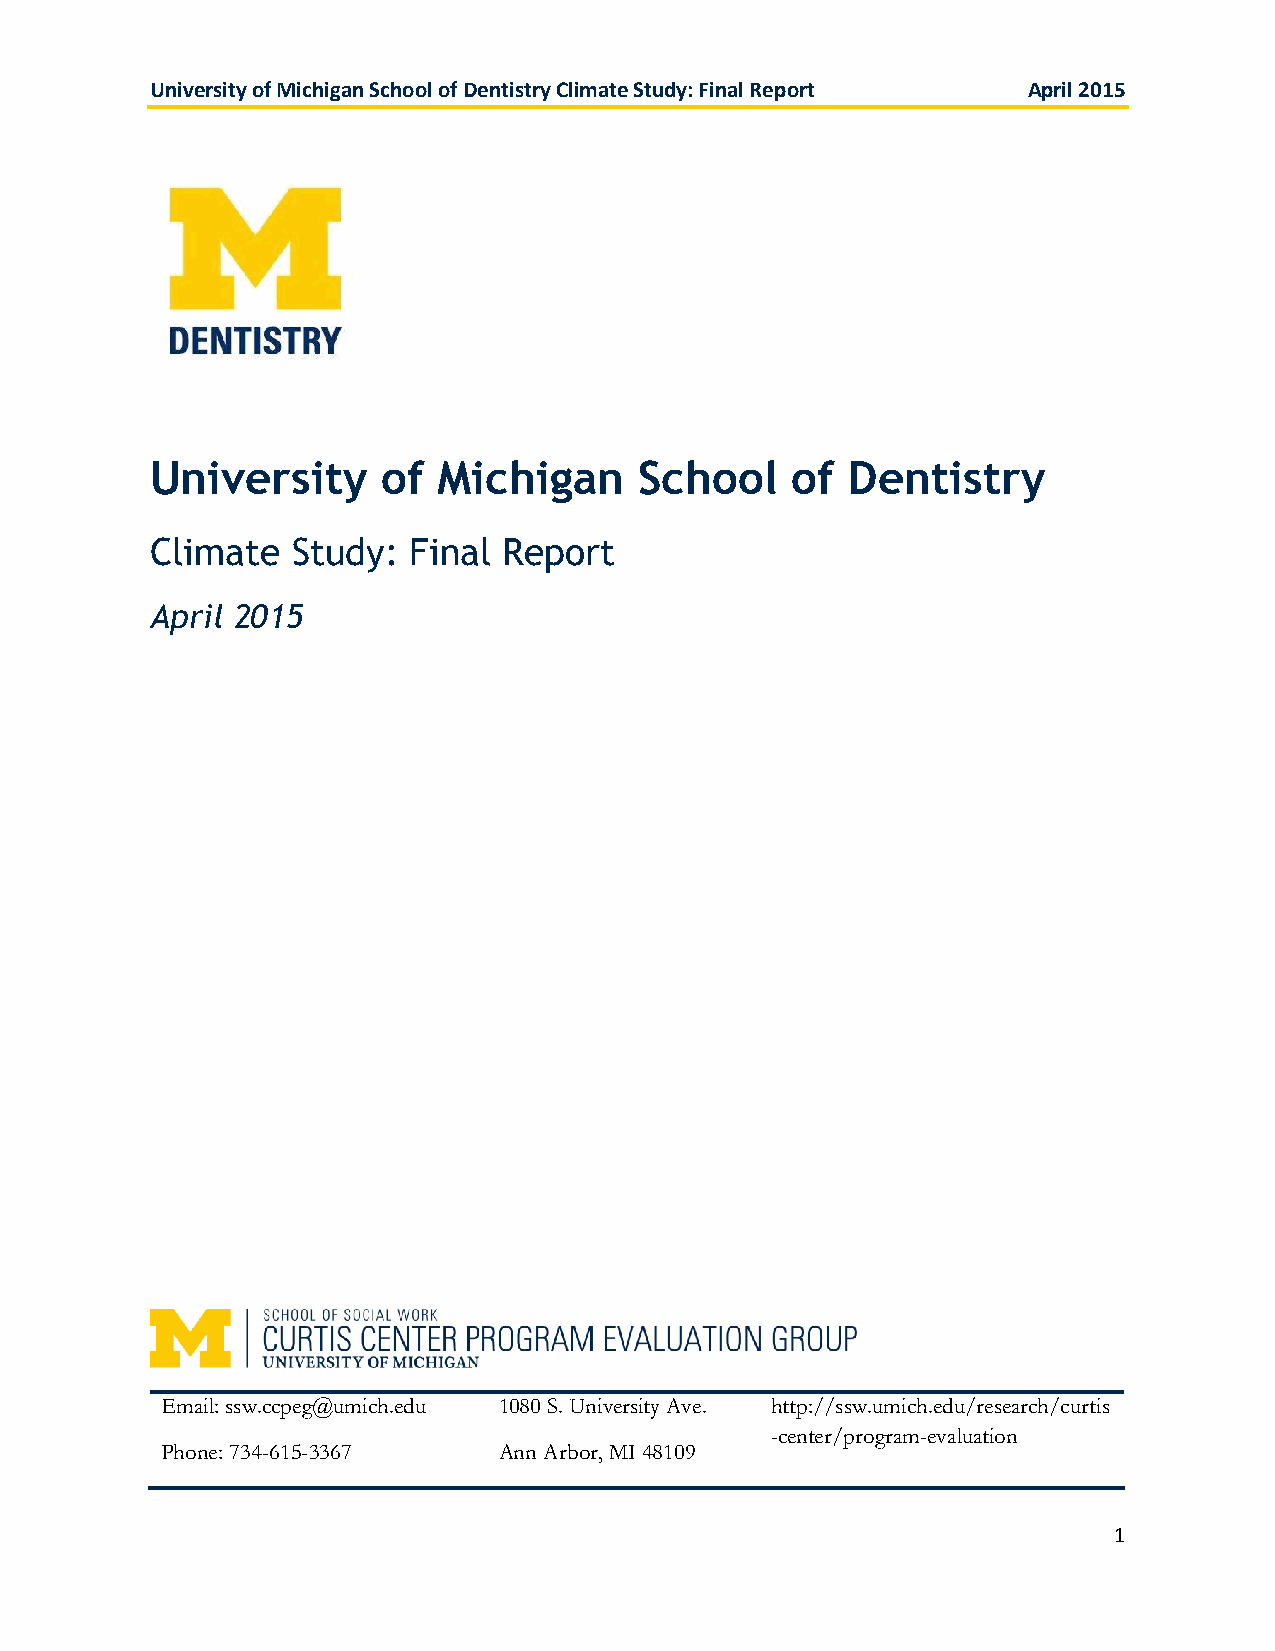
University of Michigan School of Dentistry Climate Study: Final Report April 2015
 University     of  Michigan     School    of  Dentistry
 Climate  Study:  Final Report
 April 2015
 Email: ssw.ccpeg@umich.edu 1080 S. University Ave. http://ssw.umich.edu/research/curtis
 -center/program-evaluation
 Phone: 734-615-3367   Ann Arbor, MI 48109
 1